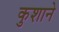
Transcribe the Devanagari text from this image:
कुशाने